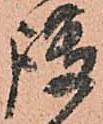
護